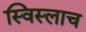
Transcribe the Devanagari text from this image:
स्विस्लाच